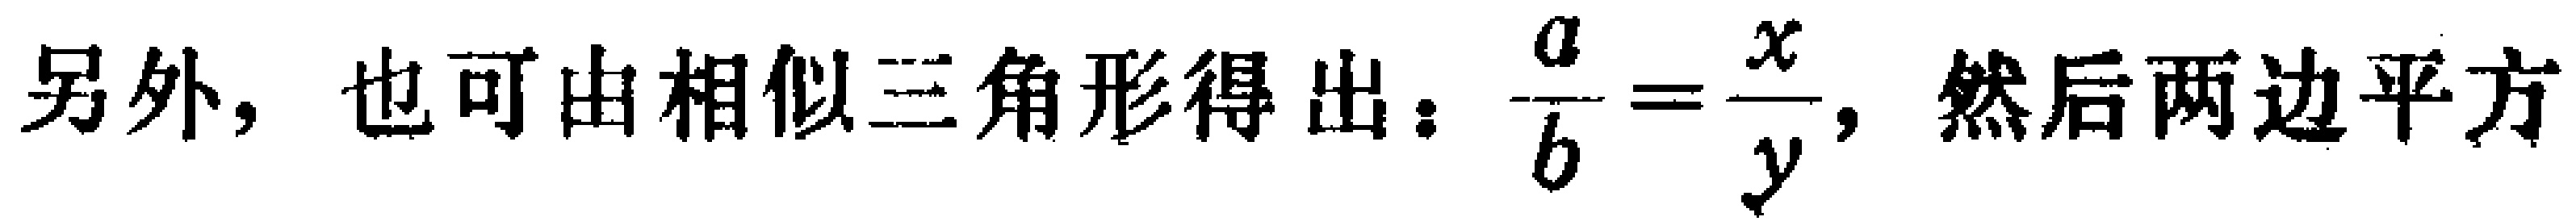
另外，也可由相似三角形得出：$\frac{a}{b}=\frac{x}{y}$，然后两边平方